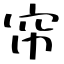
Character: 帘